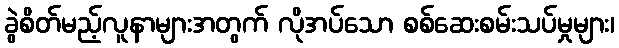
ခွဲစိတ်မည့်လူနာများအတွက် လိုအပ်သော စစ်ဆေးစမ်းသပ်မှုများ၊